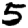
Digit: 5